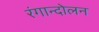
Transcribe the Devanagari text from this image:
रंगान्दोलन